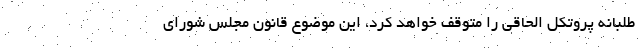
طلبانه پروتکل الحاقی را متوقف خواهد کرد، این موضوع قانون مجلس شورای